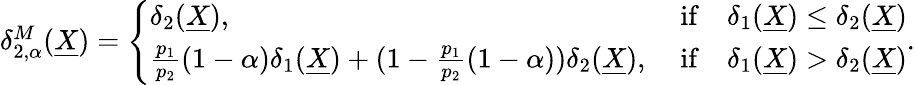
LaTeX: \begin{array}{r}{\delta_{2,\alpha}^{M}(\underline{{X}})=\left\{ \begin{array}{ll}{\delta_{2}(\underline{{X}}),}&{\mathrm{~if}\quad\delta_{1}(\underline{{X}})\leq\delta_{2}(\underline{{X}})}\\ {\frac{p_{1}}{p_{2}}(1-\alpha)\delta_{1}(\underline{{X}})+(1-\frac{p_{1}}{p_{2}}(1-\alpha))\delta_{2}(\underline{{X}}),}&{\mathrm{~if}\quad\delta_{1}(\underline{{X}})>\delta_{2}(\underline{{X}})}\end{array}\right..}\end{array}